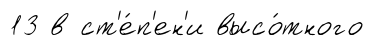
13 в ст'е́п'ен'и высо́тного